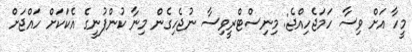
މީހާ އަށް ވިސާ ހަމަޖެހިއްޖެ: މިނިސްޓްރީވިސާ ނުޖެހިގެން މިނާ ކުންފުނީގެ އެކަކަށް ހައްޖަށް